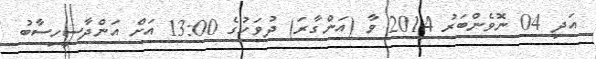
އަދި 04 ނޮވެންބަރު 2014 ވާ (އަންގާރަ) ދުވަހުގެ 13:00 އަށް އަންދާސީހިސާބު